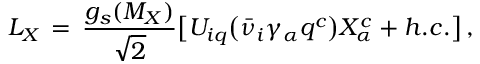
{ \cal L } _ { X } \, = \, \frac { g _ { s } ( M _ { X } ) } { \sqrt 2 } \big [ { \cal U } _ { i q } \big ( \bar { \nu } _ { i } \gamma _ { \alpha } q ^ { c } \big ) X _ { \alpha } ^ { c } + h . c . \big ] \, ,